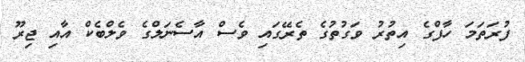
ފުރަތަމަ ހާފްގެ އިތުރު ވަގުތުގެ ތެރޭގައި ވެސް އާސެނަލްގެ ވެލްބެކް އާއި ޖިރޫ